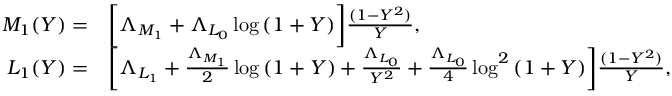
\begin{array} { r l } { M _ { 1 } ( Y ) = } & { { } \bigg [ \Lambda _ { M _ { 1 } } + \Lambda _ { L _ { 0 } } \log { ( 1 + Y ) } \bigg ] \frac { ( 1 - Y ^ { 2 } ) } { Y } , } \\ { L _ { 1 } ( Y ) = } & { { } \bigg [ \Lambda _ { L _ { 1 } } + \frac { \Lambda _ { M _ { 1 } } } { 2 } \log { ( 1 + Y ) } + \frac { \Lambda _ { L _ { 0 } } } { Y ^ { 2 } } + \frac { \Lambda _ { L _ { 0 } } } { 4 } \log ^ { 2 } { ( 1 + Y ) } \bigg ] \frac { ( 1 - Y ^ { 2 } ) } { Y } , } \end{array}